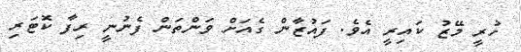
ހުރީ މޭޒު ކައިރީ އެވެ. ފައުޒާން ގެއަށް ވަންތަން ފެނުނީ ރިފާ ކޮޓަރި